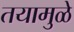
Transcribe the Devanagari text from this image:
तयामुळे